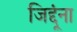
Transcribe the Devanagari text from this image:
जिद्दूंना